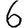
Digit: 6